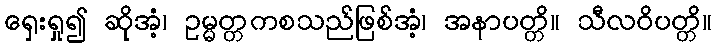
ရှေးရှု၍ ဆိုအံ့၊ ဥမ္မတ္တကစသည်ဖြစ်အံ့၊ အနာပတ္တိ။ သီလဝိပတ္တိ။